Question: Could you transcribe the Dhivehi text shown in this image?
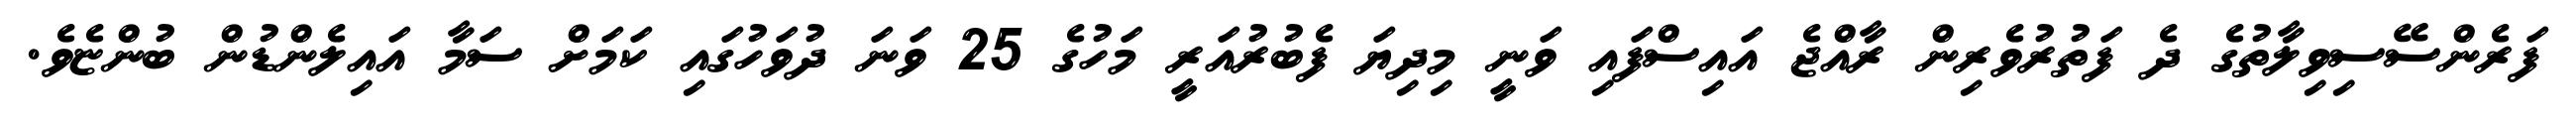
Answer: ފަރެންސޭސިވިލާތުގެ ދެ ފަތުރުވެރިން ރާއްޖެ އައިސްފައި ވަނީ މިދިޔަ ފެބުރުއަރީ މަހުގެ 25 ވަނަ ދުވަހުގައި ކަމަށް ސަމާ އައިލެންޑުން ބުންޏެވެ.